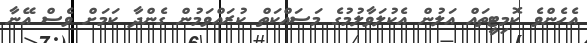
އެހެންވެ ކޮމިޓީތައް އަލުން އެކުލަވާލުމުގެ މަސައްކަތް ކުރައްވަމުން ގެންދާ ކަމަށް ވެސް އޭނާ